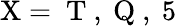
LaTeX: {\mathrm{X}=\mathrm{~T~},\mathrm{~Q~},\mathrm{~5~}}